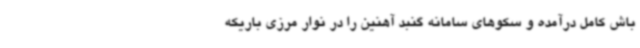
باش کامل درآمده و سکوهای سامانه گنبد آهنین را در نوار مرزی باریکه